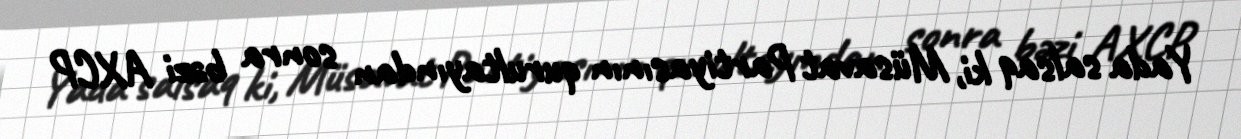
Yada salsaq ki, Müsavat Partiyasının qurultayından sonra bəzi AXCP